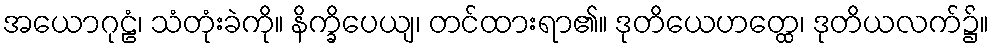
အယောဂုဠံ၊ သံတုံးခဲကို။ နိက္ခိပေယျ၊ တင်ထားရာ၏။ ဒုတိယေဟတ္ထေ၊ ဒုတိယလက်၌။